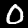
Digit: 0